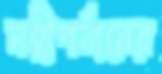
মন্ত্রীপর্যায়ের